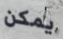
يمكن